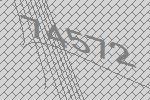
74572